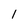
Character: 1